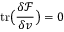
\mathrm { t r } \big ( \frac { \delta \mathcal { F } } { \delta v } \big ) = 0